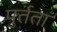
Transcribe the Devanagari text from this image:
पुर्तता